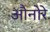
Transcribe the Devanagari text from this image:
औनोरे